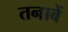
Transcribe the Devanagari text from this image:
तनाबें